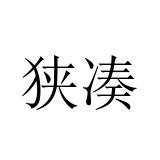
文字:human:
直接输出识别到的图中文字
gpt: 狭凑